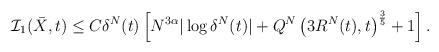
LaTeX: \begin{align*}\mathcal{I}_1(\bar X, t) \leq C\delta^N(t)\left[N^{3\alpha} |\log \delta^N(t)|+Q^N\left(3R^N(t),t\right)^{\frac35}+1\right].\end{align*}